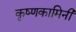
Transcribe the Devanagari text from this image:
कृष्णकामिनी